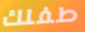
طفلك